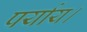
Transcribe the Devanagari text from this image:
पर्याय।